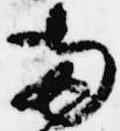
両